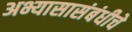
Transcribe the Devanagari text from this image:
अभ्यासासंबंधीचे